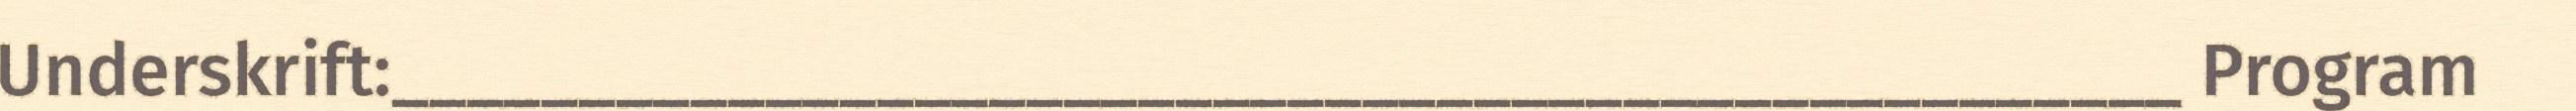
Underskrift:________________________________________________ Program